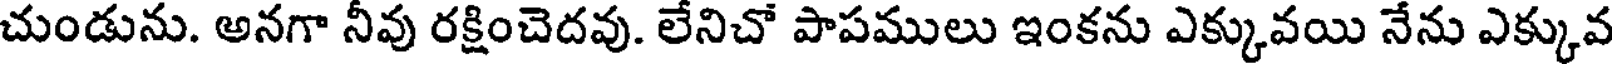
చుండును. అనగా నీవు రక్షించెదవు. లేనిచో పాపములు ఇంకను ఎక్కువయి నేను ఎక్కువ